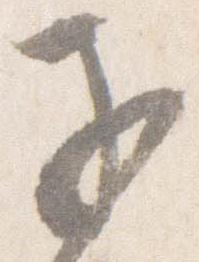
子